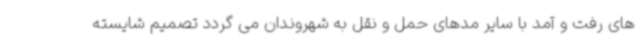
های رفت و آمد با سایر مدهای حمل و نقل به شهروندان می گردد تصمیم شایسته